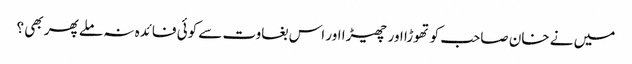
میں نے خان صاحب کو تھوڑا اور چھیڑا اور اس بغاوت سے کوئی فائدہ نہ ملے پھر بھی ؟